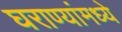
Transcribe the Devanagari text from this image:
घराण्यांमध्ये